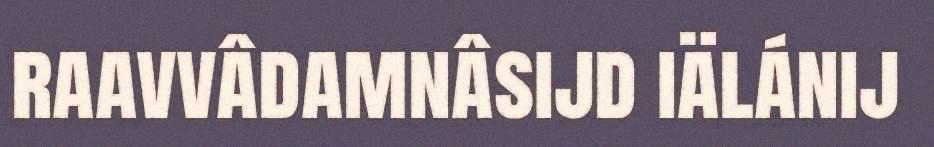
raavvâdamnâsijd iälánij